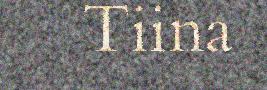
Tiina